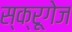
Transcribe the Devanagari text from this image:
स्क्रूगेज